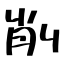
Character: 削